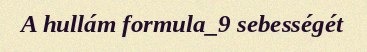
A hullám formula_9 sebességét